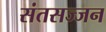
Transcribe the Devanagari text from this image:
संतसज्जन